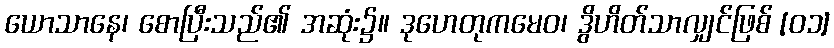
ယောသာနေ၊ စောပြီးသည်၏ အဆုံး၌။ ဒုဟေတုကမေဝ၊ ဒွိဟိတ်သာလျှင်ဖြစ် [၀၁]